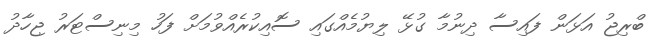
ބްރިޖު އަޅަން ފައިސާ ދިނުމާ ގުޅޭ ލިޔުމެއްގައި ސޮއިކުރެއްވުމަށް ފަހު މިނިސްޓަރު ޖިހާދު